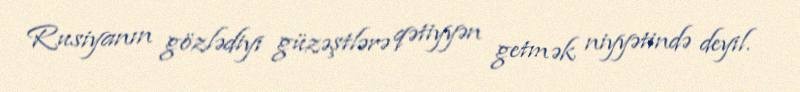
Rusiyanın gözlədiyi güzəştlərə qətiyyən getmək niyyətində deyil.